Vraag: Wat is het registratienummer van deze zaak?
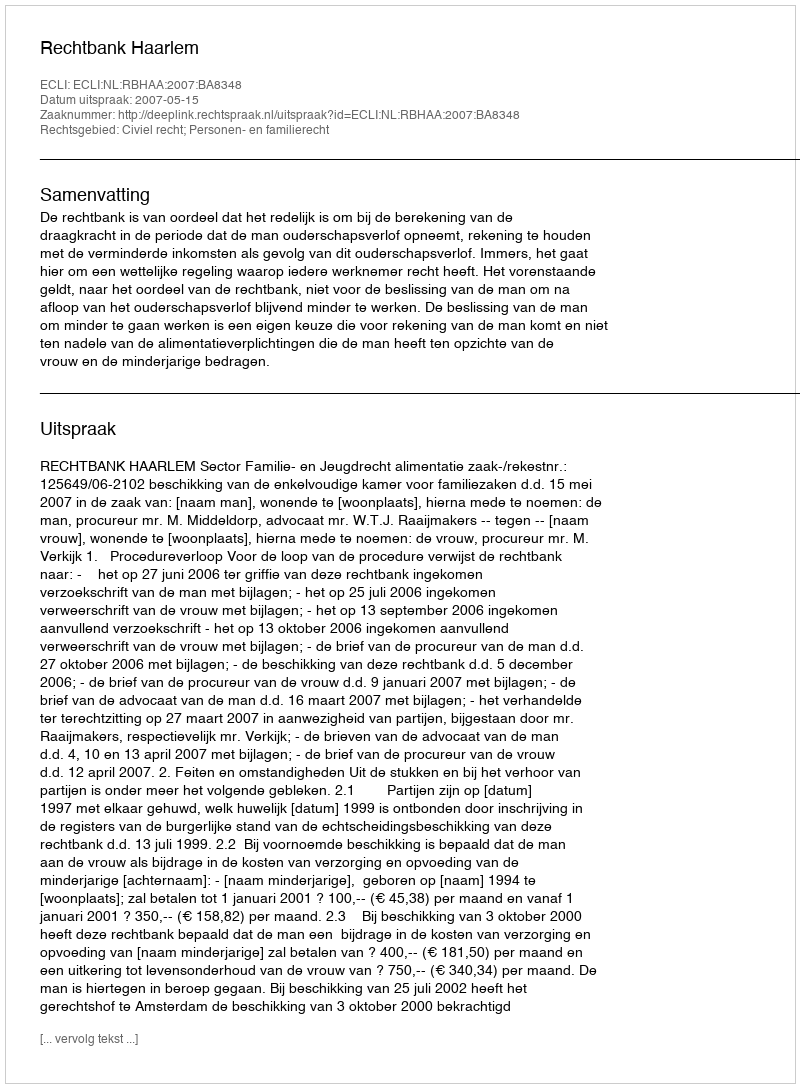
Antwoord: http://deeplink.rechtspraak.nl/uitspraak?id=ECLI:NL:RBHAA:2007:BA8348